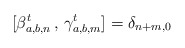
\begin{align*}[\beta^t_{a,b, n}\, ,\, \gamma^t_{a,b, m}] = \delta_{n+m, 0}\end{align*}